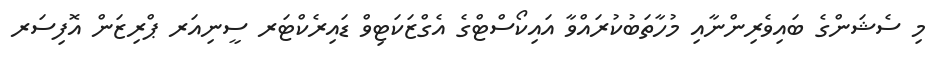
މި ސެޝަންގެ ބައިވެރިންނާއި މުހާތަބުކުރައްވާ އައިކޯސްޓްގެ އެގްޒަކަޓިވް ޑައިރެކްޓަރ ސީނިއަރ ޕްރިޒަން އޮފިސަރ